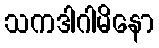
သကဒါဂါမိနော